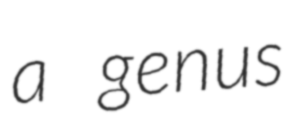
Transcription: a genus